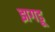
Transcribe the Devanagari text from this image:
झगडू